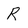
Character: R